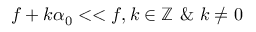
f + k \alpha _ { 0 } < < f , k \in \mathbb { Z } \ \& \ k \ne 0